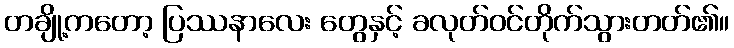
တချို့ကတော့ ပြဿနာလေး တွေနှင့် ခလုတ်ဝင်တိုက်သွားတတ်၏။